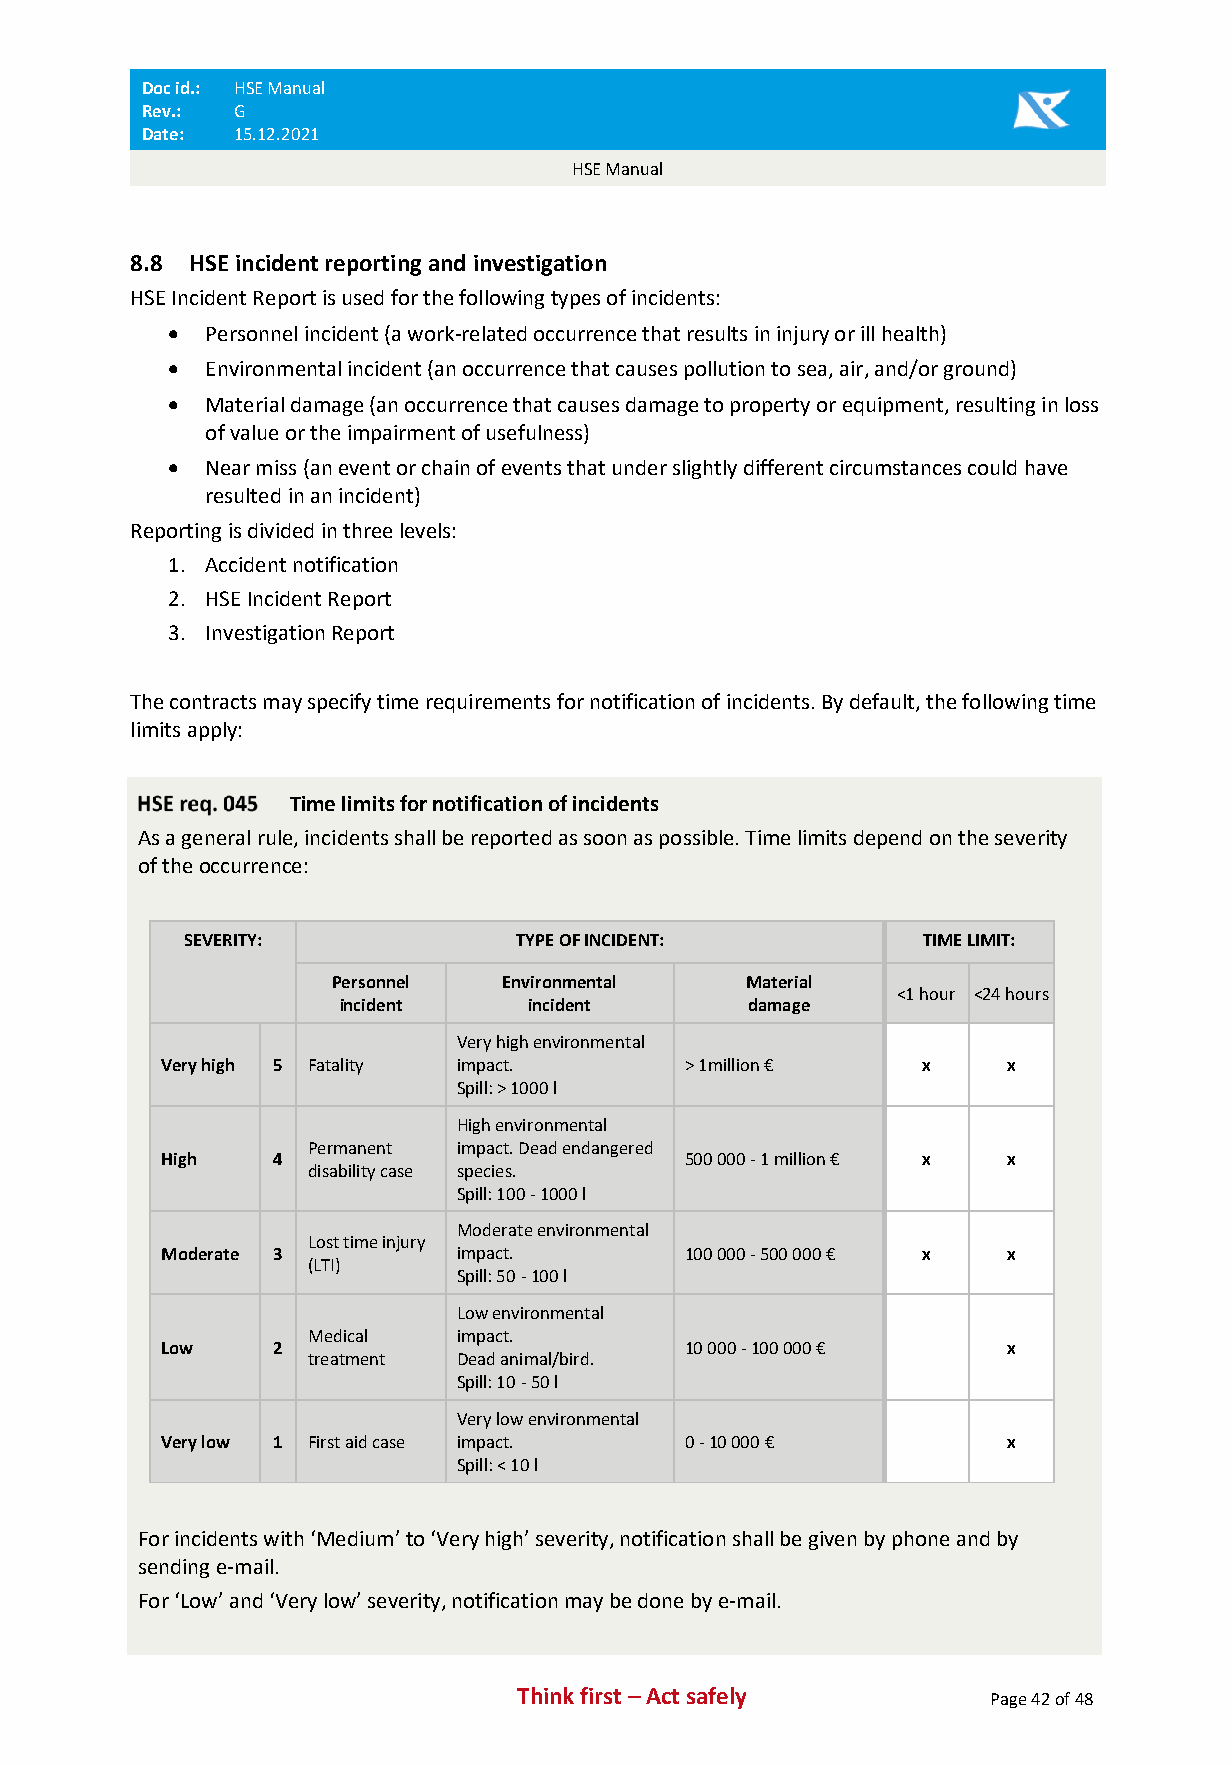
Doc id.: HSE Manual
 Rev.: G
 Date: 15.12.2021
 HSE Manual
 8.8 HSE incident reporting and investigation
 HSE Incident Report is used for the following types of incidents:
 • Personnel incident (a work-related occurrence that results in injury or ill health)
 • Environmental incident (an occurrence that causes pollution to sea, air, and/or ground)
 • Material damage (an occurrence that causes damage to property or equipment, resulting in loss
 of value or the impairment of usefulness)
 • Near miss (an event or chain of events that under slightly different circumstances could have
 resulted in an incident)
 Reporting is divided in three levels:
 1. Accident notification
 2. HSE Incident Report
 3. Investigation Report
 The contracts may specify time requirements for notification of incidents. By default, the following time
 limits apply:
 Time limits for notification of incidents
 As a general rule, incidents shall be reported as soon as possible. Time limits depend on the severity
 of the occurrence:
 SEVERITY:             TYPE OF INCIDENT:          TIME LIMIT:
 Personnel  Environmental   Material
 <1 hour <24 hours
 incident     incident      damage
 Very high environmental
 Very high 5 Fatality impact.      > 1million €    x     x
 Spill: > 1000 l
 High environmental
 Permanent impact. Dead endangered
 High   4                          500 000 - 1 million € x x
 disability case species.
 Spill: 100 - 1000 l
 Moderate environmental
 Lost time injury
 Moderate 3         impact.        100 000 - 500 000 € x x
 (LTI)
 Spill: 50 - 100 l
 Low environmental
 Medical   impact.
 Low    2                          10 000 - 100 000 €    x
 treatment Dead animal/bird.
 Spill: 10 - 50 l
 Very low environmental
 Very low 1 First aid case impact. 0 - 10 000 €          x
 Spill: < 10 l
 For incidents with ‘Medium’ to ‘Very high’ severity, notification shall be given by phone and by
 sending e-mail.
 For ‘Low’ and ‘Very low’ severity, notification may be done by e-mail.
 Think first – Act safely       Page 42 of 48